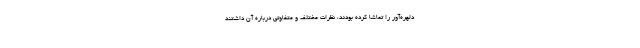
دلهره‌آور را تماشا کرده بودند، نظرات مختلف و متفاوتی درباره آن داشتند